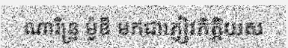
ណារិន្ទ្រ ម៉ូឌី មកជាភ្ញៀវកិត្តិយស